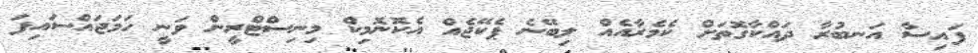
ފައިސާ އަނބުރާ ދައްކާގޮތަށް ކެމެރާއެއް ލިބޭނެ ޕެކޭޖެއް އެކޮނޮމިކް މިނިސްޓްރީން ވަނީ ހަމަޖައްސައިފަ